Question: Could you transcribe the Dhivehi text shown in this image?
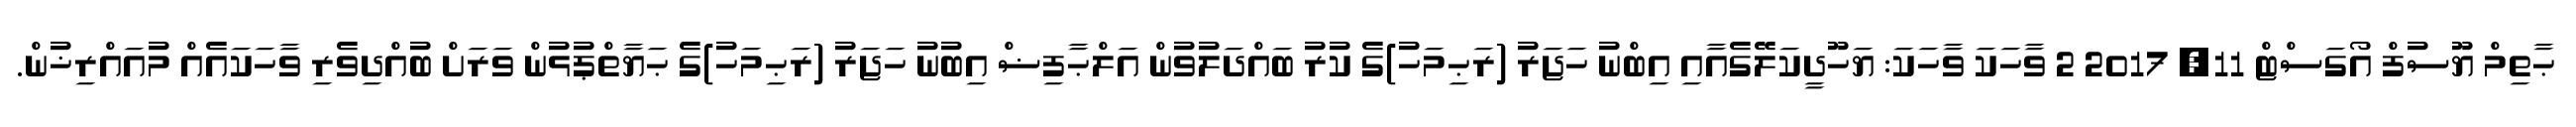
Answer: ޙާތިމް ޔޫސުފް އޯގަސްޓް 11, 2017 2 ވާހަކަ ވާހަކަ: ޔަހޫދީކަލޭގެއާއި އިބްނު ހަޖަރު (ރަޙިމަހު)ގެ ކުރު ބައްދަލުވުން އަލްޙާފިޟް އިބުނު ހަޖަރު (ރަޙިމަހު)ގެ ޙަޔާތްޕުޅުން ވަރަށް ބުއްދިވެރި ވާހަކައެއް މުއައްރިޚުން.